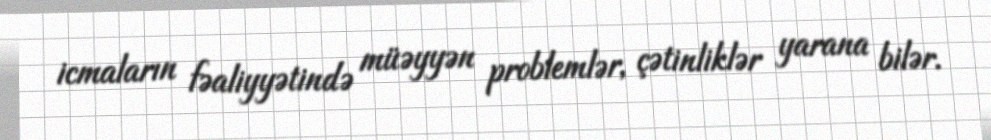
icmaların fəaliyyətində müəyyən problemlər, çətinliklər yarana bilər.